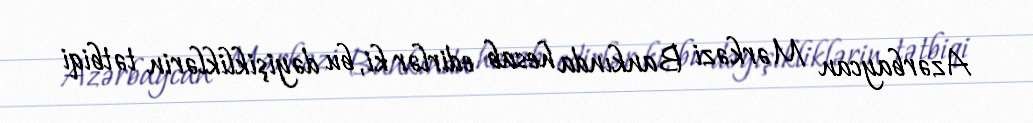
Azərbaycan Mərkəzi Bankında hesab edirlər ki, bu dəyişikliklərin tətbiqi